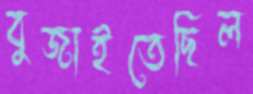
বুজাইতেছিল